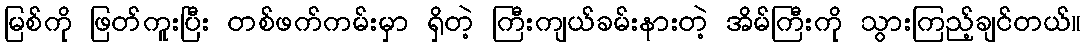
မြစ်ကို ဖြတ်ကူးပြီး တစ်ဖက်ကမ်းမှာ ရှိတဲ့ ကြီးကျယ်ခမ်းနားတဲ့ အိမ်ကြီးကို သွားကြည့်ချင်တယ်။